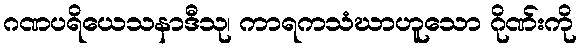
ဂဏပရိယေသနာဒီသု၊ ကာရကသံဃာဟူသော ဂိုဏ်းကို